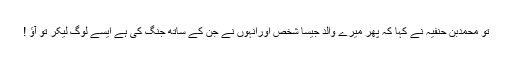
تو محمدبن حنفیہ نے کہا کہ پھر میرے والد جیسا شخص اورانہوں نے جن کے ساتھ جنگ کی ہے ایسے لوگ لیکر تو آؤ !